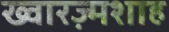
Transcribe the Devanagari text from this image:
ख्वारज़्मशाह